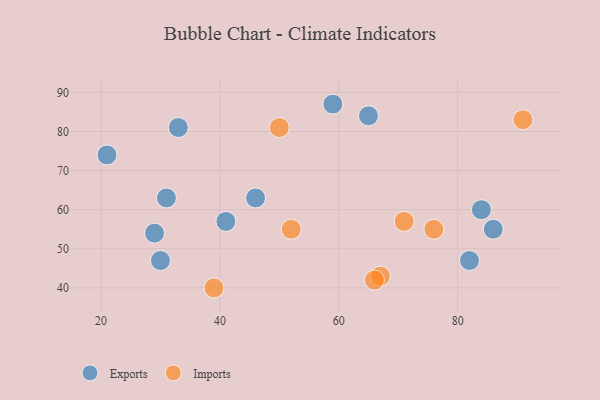
{"axis": {"x": "GDP", "y": "Life Expectancy"}, "legend": ["Exports", "Imports"], "data": [{"x": "29", "y": 54, "type": "Exports"}, {"x": "41", "y": 57, "type": "Exports"}, {"x": "82", "y": 47, "type": "Exports"}, {"x": "84", "y": 60, "type": "Exports"}, {"x": "33", "y": 81, "type": "Exports"}, {"x": "31", "y": 63, "type": "Exports"}, {"x": "59", "y": 87, "type": "Exports"}, {"x": "46", "y": 63, "type": "Exports"}, {"x": "65", "y": 84, "type": "Exports"}, {"x": "86", "y": 55, "type": "Exports"}, {"x": "21", "y": 74, "type": "Exports"}, {"x": "30", "y": 47, "type": "Exports"}, {"x": "91", "y": 83, "type": "Imports"}, {"x": "67", "y": 43, "type": "Imports"}, {"x": "66", "y": 42, "type": "Imports"}, {"x": "71", "y": 57, "type": "Imports"}, {"x": "39", "y": 40, "type": "Imports"}, {"x": "52", "y": 55, "type": "Imports"}, {"x": "76", "y": 55, "type": "Imports"}, {"x": "50", "y": 81, "type": "Imports"}]}